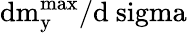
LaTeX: \mathrm{{d}m_{y}^{max}/\mathrm{{d}\ sigma}}